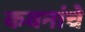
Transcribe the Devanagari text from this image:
कवनांचे